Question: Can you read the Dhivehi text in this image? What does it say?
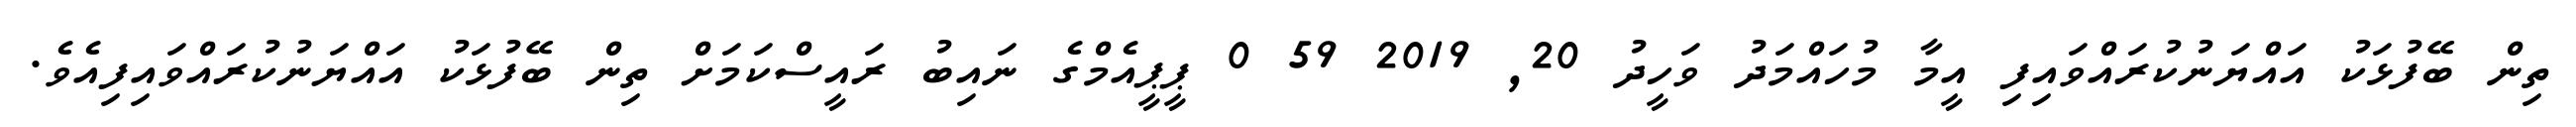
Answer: ތިން ބޭފުޅަކު އައްޔަނުކުރައްވައިފި އީމާ މުހައްމަދު ވަހީދު 20, 2019 59 0 ޕީޕީއެމްގެ ނައިބު ރައީސްކަމަށް ތިން ބޭފުޅަކު އައްޔަނުކުރައްވައިފިއެވެ.